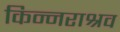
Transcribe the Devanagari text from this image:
किन्नराश्रव